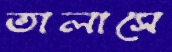
তালাসে